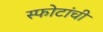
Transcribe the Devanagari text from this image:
स्फोटांची